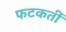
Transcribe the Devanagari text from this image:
फटकतीं